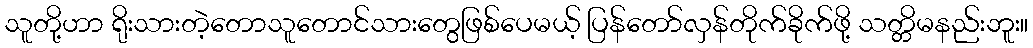
သူတို့ဟာ ရိုးသားတဲ့တောသူတောင်သားတွေဖြစ်ပေမယ့် ပြန်တော်လှန်တိုက်ခိုက်ဖို့ သတ္တိမနည်းဘူး။